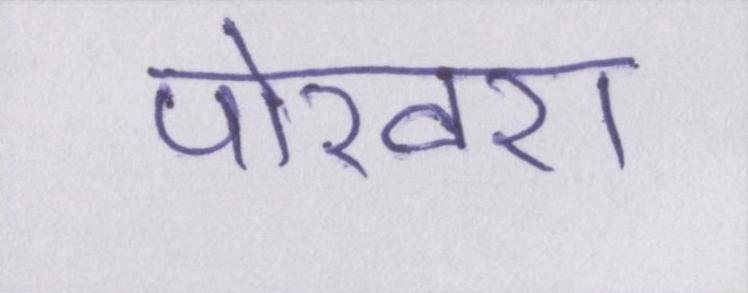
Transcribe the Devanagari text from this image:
पोखरा